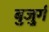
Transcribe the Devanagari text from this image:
बुजु्र्ग